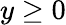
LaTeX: y\geq 0